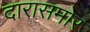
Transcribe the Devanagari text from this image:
दारासमोर